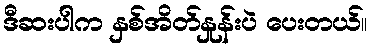
ဒီဆးပါက နှစ်အိတ်နှုန်းပဲ ပေးတယ်။